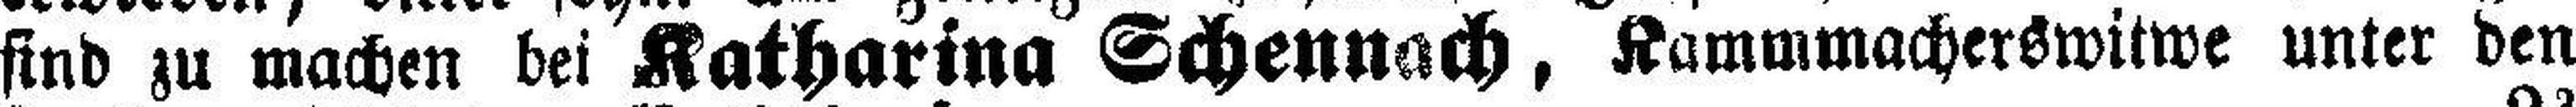
sind zu machen bei Katharina Schennach, Kammmacherswitwe unter den